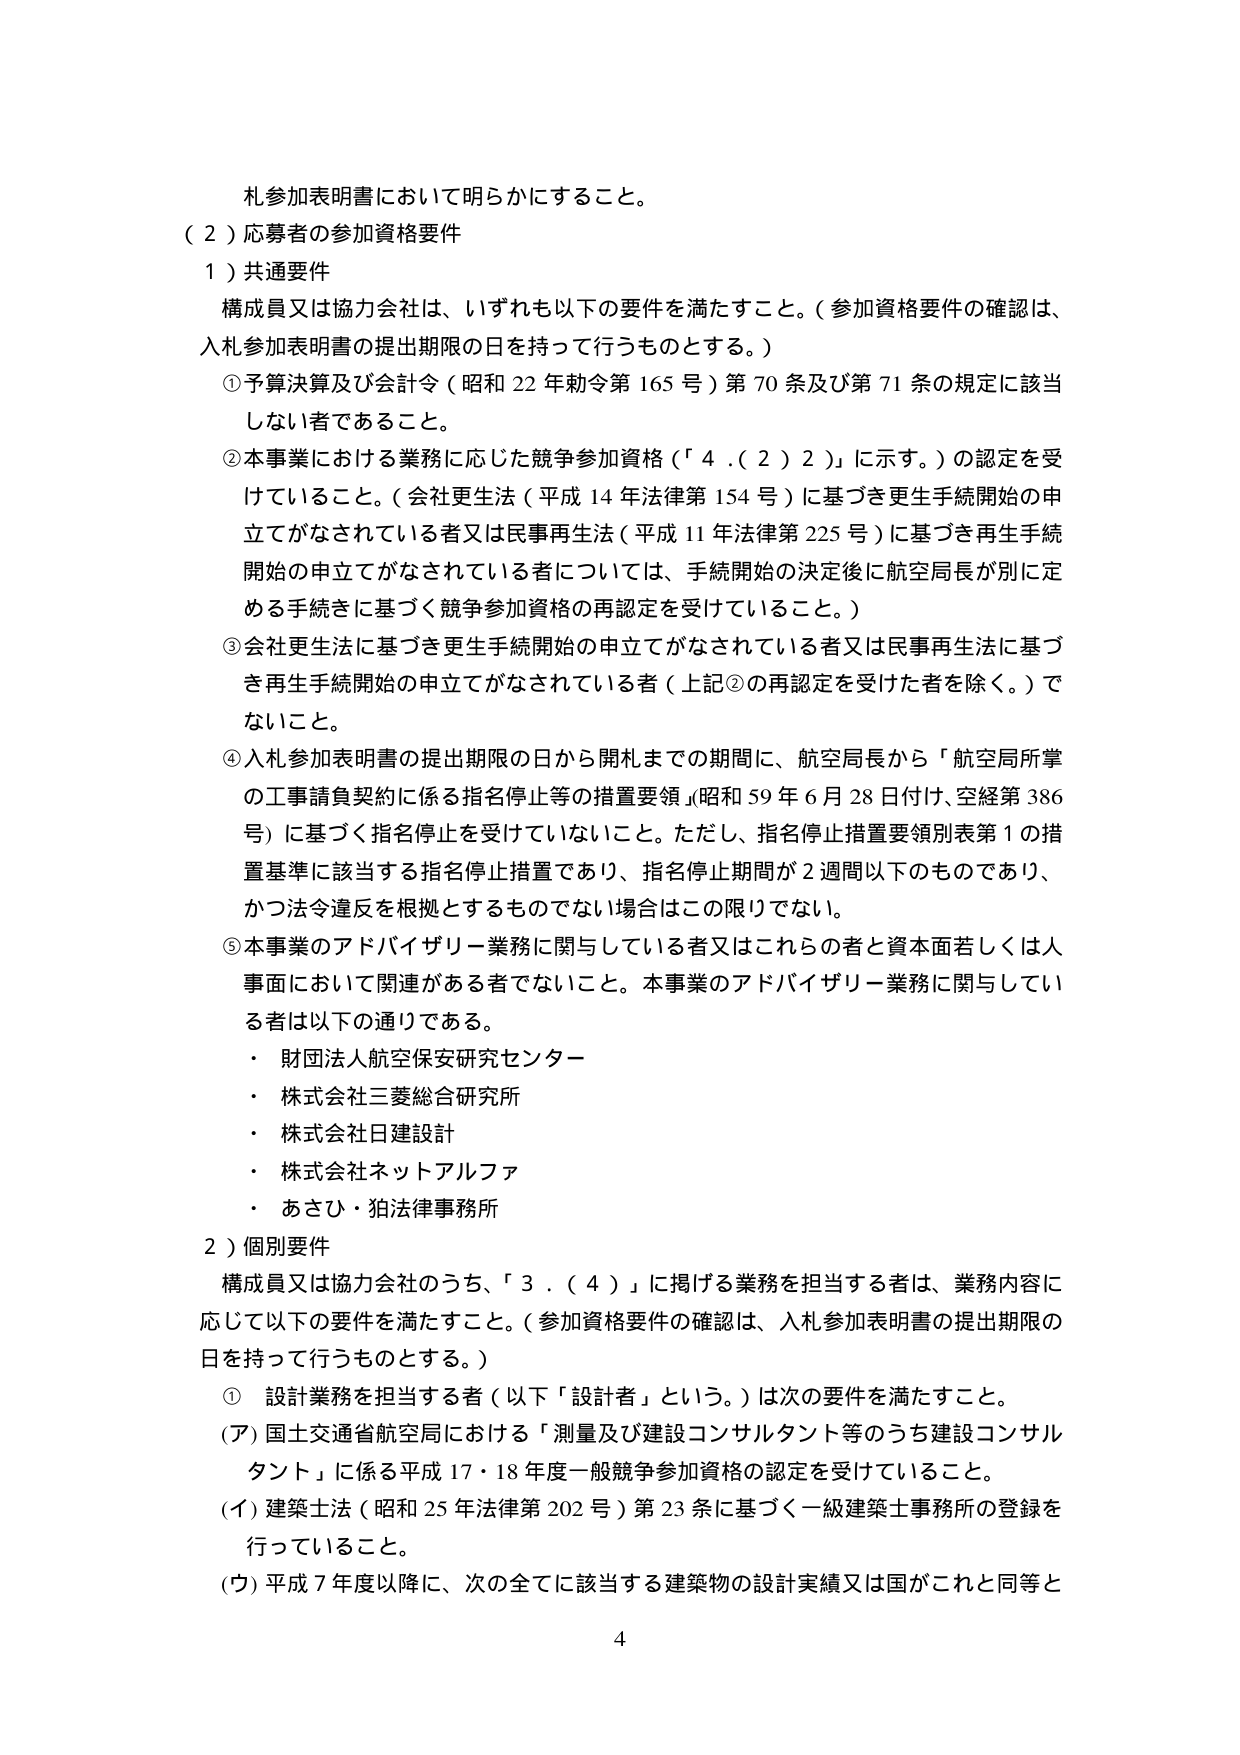
札参加表明書において明らかにすること。

（２）応募者の参加資格要件

１）共通要件

構成員又は協力会社は、いずれも以下の要件を満たすこと。（参加資格要件の確認は、入札参加表明書の提出期限の日を持って行うものとする。）

①予算決算及び会計令（昭和22年勅令第165号）第70条及び第71条の規定に該当しない者であること。

②本事業における業務に応じた競争参加資格（「4．（2）2」に示す。）の認定を受けていること。（会社更生法（平成14年法律第154号）に基づき更生手続開始の申立てがなされている者又は民事再生法（平成11年法律第225号）に基づき再生手続開始の申立てがなされている者については、手続開始の決定後に航空局長が別に定める手続きに基づく競争参加資格の再認定を受けていること。）

③会社更生法に基づき更生手続開始の申立てがなされている者又は民事再生法に基づき再生手続開始の申立てがなされている者（上記②の再認定を受けた者を除く。）でないこと。

④入札参加表明書の提出期限の日から開札までの期間に、航空局長から「航空局所掌の工事請負契約に係る指名停止等の措置要領」（昭和59年6月28日付け、空経第386号）に基づく指名停止を受けていないこと。ただし、指名停止措置要領別表1の措置基準に該当する指名停止措置であり、指名停止期間が2週間以下のものであり、かつ法令違反を根拠とするものでない場合はこの限りでない。

⑤本事業のアドバイザリー業務に関与している者又はこれらの人と資本面若しくは人事面において関連がある者でないこと。本事業のアドバイザリー業務に関与している者は以下の通りである。

・財団法人航空保安研究センター
・株式会社三菱総合研究所
・株式会社日建設計
・株式会社ネットアルファ
・あさひ・狛法律事務所

２）個別要件

構成員又は協力会社のうち、「3．（4）」に掲げる業務を担当する者は、業務内容に応じて以下の要件を満たすこと。（参加資格要件の確認は、入札参加表明書の提出期限の日を持って行うものとする。）

①設計業務を担当する者（以下「設計者」という。）は次の要件を満たすこと。

（ア）国土交通省航空局における「測量及び建設コンサルタント等のうち建設コンサルタント」に係る平成17・18年度一般競争参加資格の認定を受けていること。

（イ）建築士法（昭和25年法律第202号）第23条に基づく一級建築士事務所の登録を行っていること。

（ウ）平成7年度以降に、次の全てに該当する建築物の設計実績又は国がこれと同等と

4